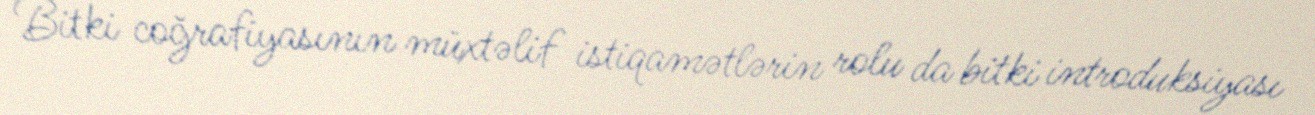
Bitki coğrafiyasının müxtəlif istiqamətlərin rolu da bitki introduksiyası